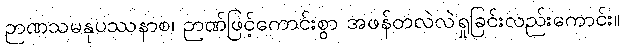
ဉာဏသမနုပဿနာစ၊ ဉာဏ်ဖြင့်ကောင်းစွာ အဖန်တလဲလဲရှုခြင်းလည်းကောင်း။